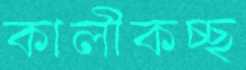
কালীকচ্ছ